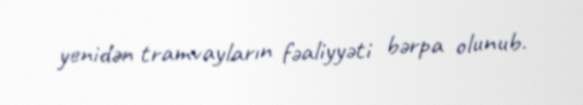
yenidən tramvayların fəaliyyəti bərpa olunub.